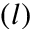
( l )